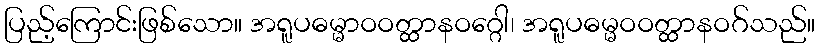
ပြည့်ကြောင်းဖြစ်သော။ အရူပဓမ္မာဝဝတ္ထာနဝဂ္ဂေါ၊ အရူပဓမ္မဝဝတ္ထာနဝဂ်သည်။